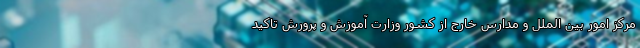
مرکز امور بین الملل و مدارس خارج از کشور وزارت آموزش و پرورش تاکید